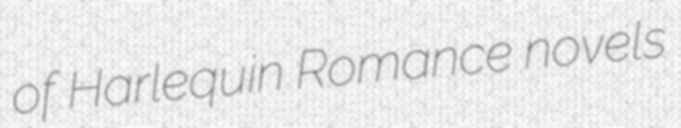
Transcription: of Harlequin Romance novels